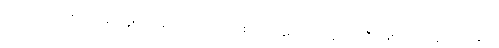
ဒါပေမယ့် တစ်ဖက်မှာ သူဟာ ဘောလုံးအားကစားကို နှစ်သက်သူ တစ်ဦး ဖြစ်တဲ့အတွက် အခုလို